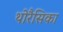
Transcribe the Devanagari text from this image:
थोरैसिका